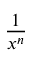
\frac { 1 } { x ^ { n } }